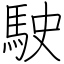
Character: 駛